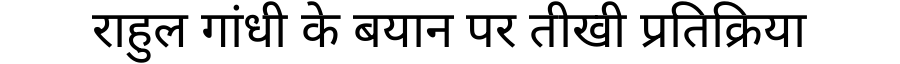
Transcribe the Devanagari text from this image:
राहुल गांधी के बयान पर तीखी प्रतिक्रिया